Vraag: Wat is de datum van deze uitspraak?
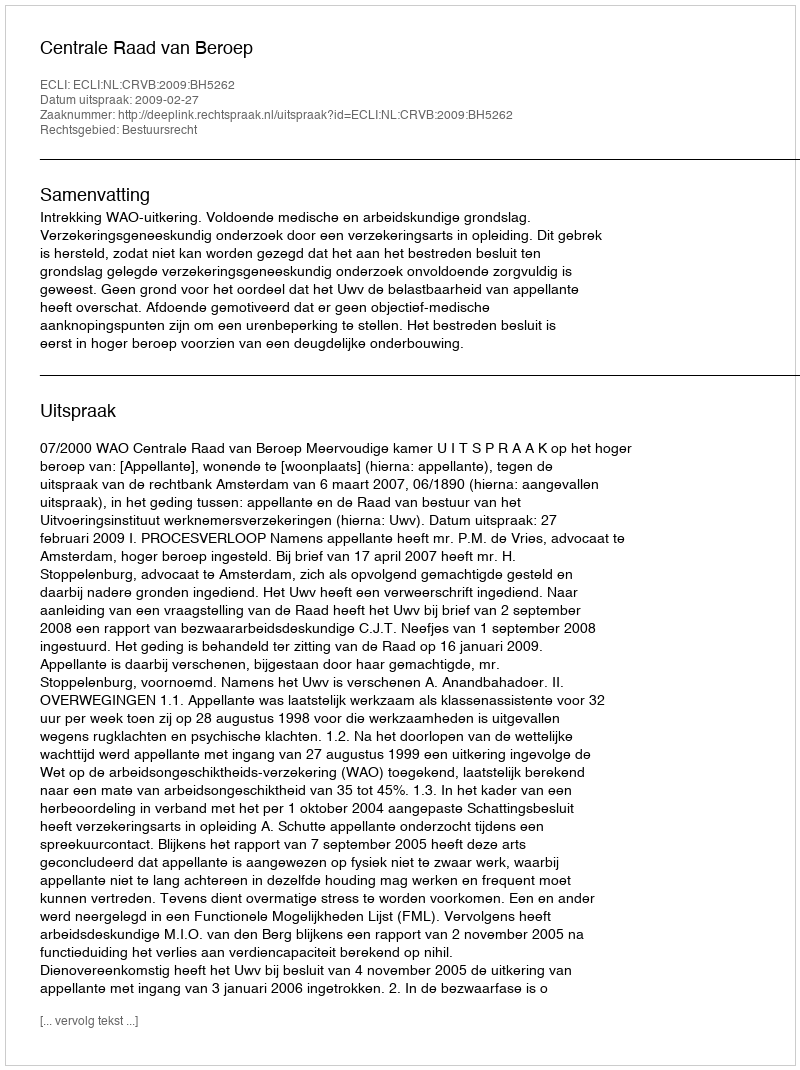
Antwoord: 2009-02-27